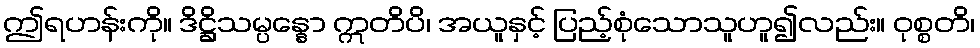
ဤရဟန်းကို။ ဒိဋ္ဌိသမ္ပန္နော ဣတိပိ၊ အယူနှင့် ပြည့်စုံသောသူဟူ၍လည်း။ ဝုစ္စတိ၊